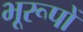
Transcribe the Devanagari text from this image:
भूरूपों